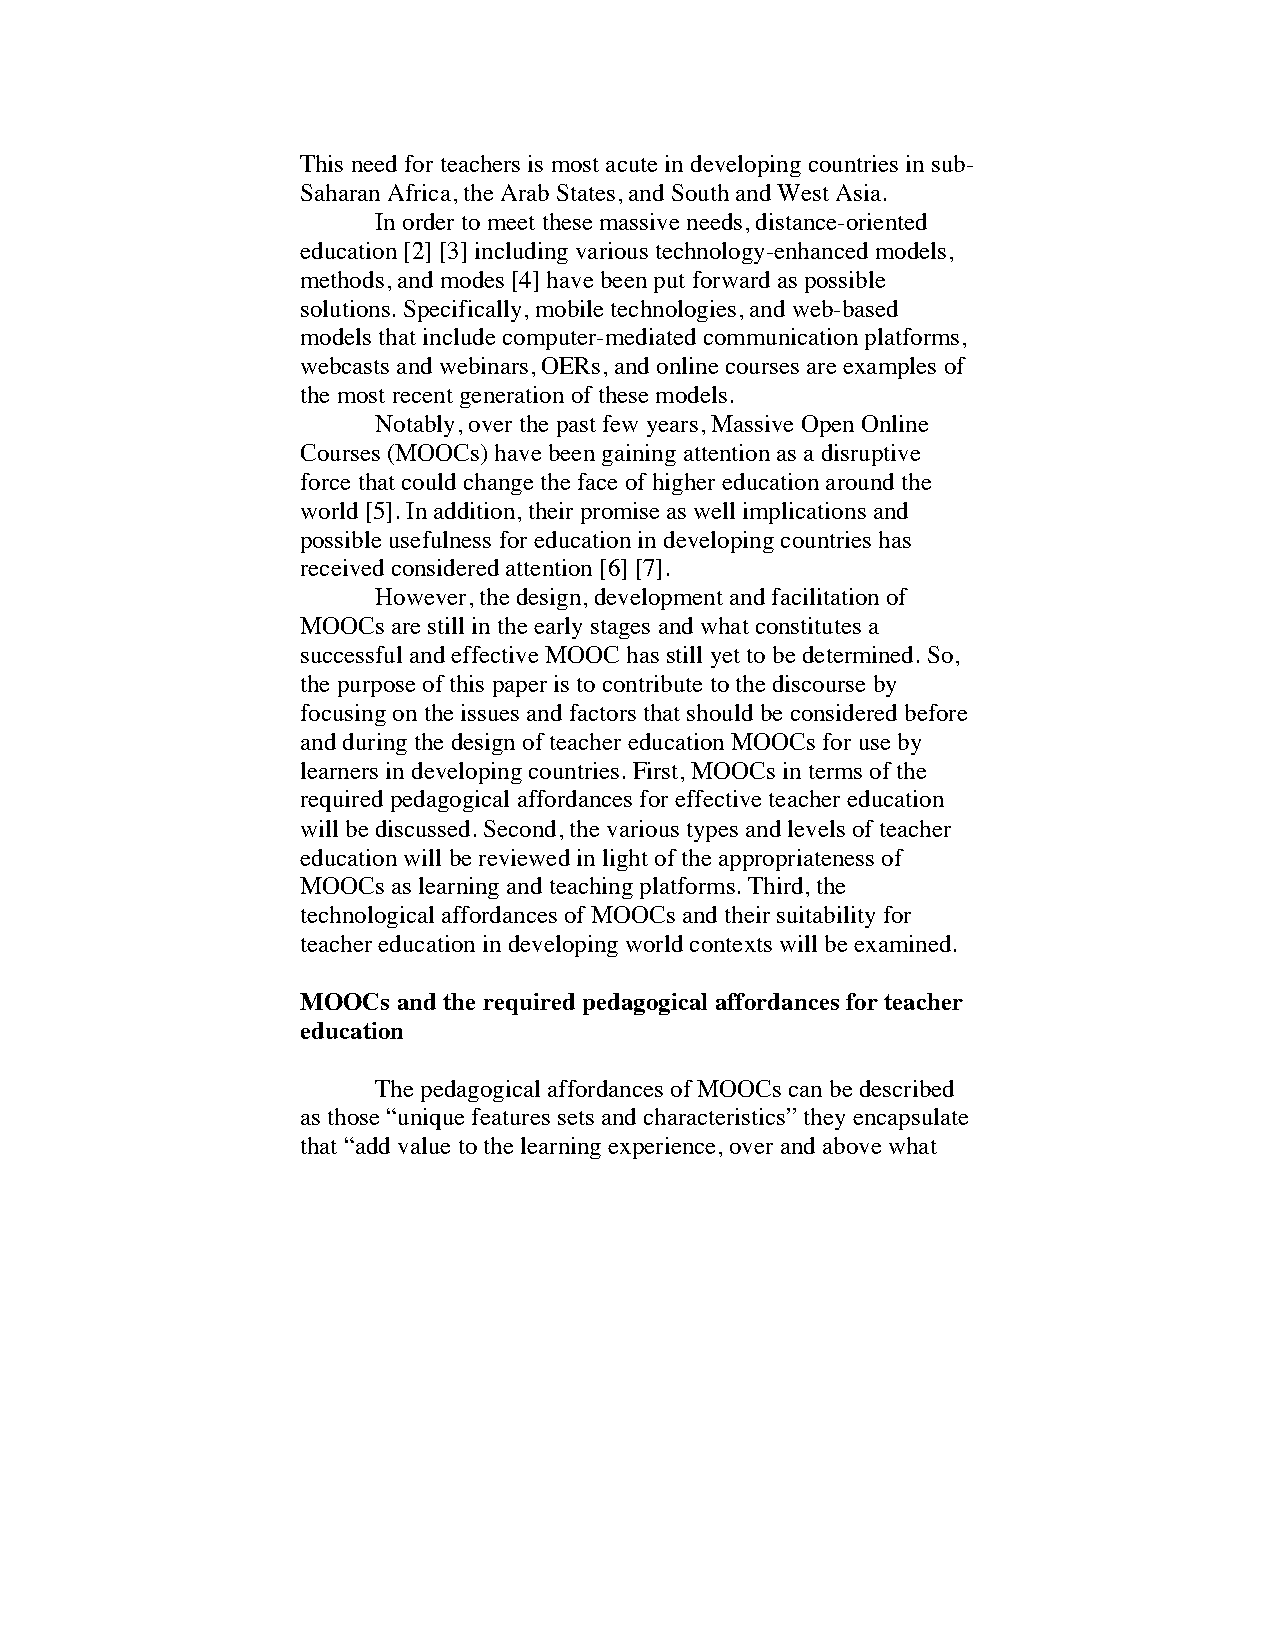
This need for teachers is most acute in developing countries in sub-
 Saharan Africa, the Arab States, and South and West Asia.
 In order to meet these massive needs, distance-oriented
 education [2] [3] including various technology-enhanced models,
 methods, and modes [4] have been put forward as possible
 solutions. Specifically, mobile technologies, and web-based
 models that include computer-mediated communication platforms,
 webcasts and webinars, OERs, and online courses are examples of
 the most recent generation of these models.
 Notably, over the past few years, Massive Open Online
 Courses (MOOCs) have been gaining attention as a disruptive
 force that could change the face of higher education around the
 world [5]. In addition, their promise as well implications and
 possible usefulness for education in developing countries has
 received considered attention [6] [7].
 However, the design, development and facilitation of
 MOOCs are still in the early stages and what constitutes a
 successful and effective MOOC has still yet to be determined. So,
 the purpose of this paper is to contribute to the discourse by
 focusing on the issues and factors that should be considered before
 and during the design of teacher education MOOCs for use by
 learners in developing countries. First, MOOCs in terms of the
 required pedagogical affordances for effective teacher education
 will be discussed. Second, the various types and levels of teacher
 education will be reviewed in light of the appropriateness of
 MOOCs as learning and teaching platforms. Third, the
 technological affordances of MOOCs and their suitability for
 teacher education in developing world contexts will be examined.
 MOOCs and the required pedagogical affordances for teacher
 education
 The pedagogical affordances of MOOCs can be described
 as those “unique features sets and characteristics” they encapsulate
 that “add value to the learning experience, over and above what